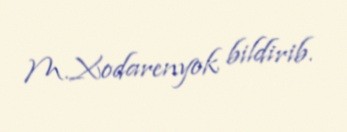
M.Xodarenyok bildirib.